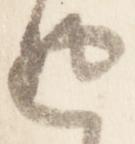
返